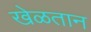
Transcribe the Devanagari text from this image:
खेळतान